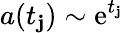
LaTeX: a(t_{\mathbf{j}})\sim\mathrm{{e}}^{t_{\mathbf{j}}}